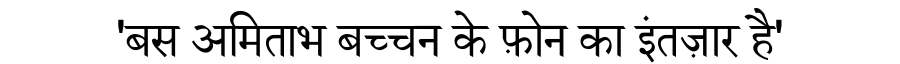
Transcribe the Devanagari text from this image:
'बस अमिताभ बच्चन के फ़ोन का इंतज़ार है'